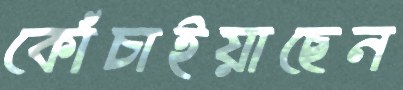
কোঁচাইয়াছেন